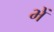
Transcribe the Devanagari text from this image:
भें